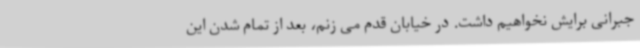
جبرانی برایش نخواهیم داشت. در خیابان قدم می زنم، بعد از تمام شدن این